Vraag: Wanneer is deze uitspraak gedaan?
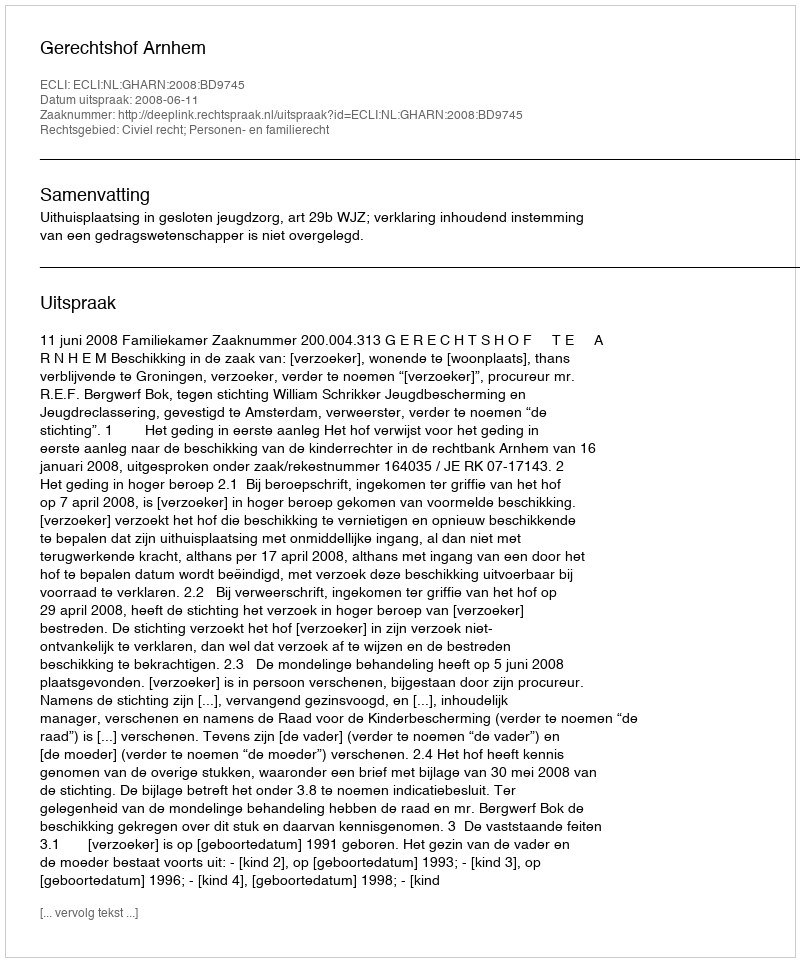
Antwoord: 2008-06-11